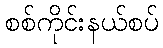
စစ်ကိုင်းနယ်စပ်